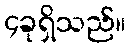
၄ခုရှိသည်။